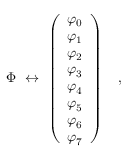
\Phi ~ \leftrightarrow ~ \left( \begin{array} { c } { { \varphi _ { 0 } } } \\ { { \varphi _ { 1 } } } \\ { { \varphi _ { 2 } } } \\ { { \varphi _ { 3 } } } \\ { { \varphi _ { 4 } } } \\ { { \varphi _ { 5 } } } \\ { { \varphi _ { 6 } } } \\ { { \varphi _ { 7 } } } \end{array} \right) \quad ,